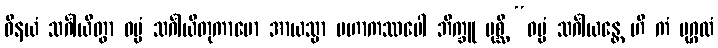
ဝိနယံ သင်္ဂါယိတွာ ဓမ္မံ သင်္ဂါယိတုကာမော အာယသ္မာ မဟာကဿပေါ ဘိက္ခူ ပုစ္ဆိ “ဓမ္မံ သင်္ဂါယန္တေ ဟိ ကံ ပုဂ္ဂလံ